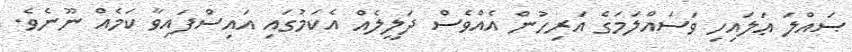
ޞައްލަ ޢަލައިހި ވަސައްލަމަގެ އަރިހުން އެއްވެސް ދަލީލެއް އެކަމުގައި އައިސްފައިވާ ކަމެއް ނޫނެވެ.